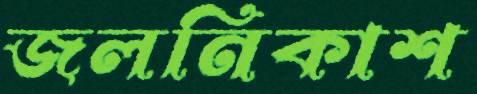
জলনিকাশ